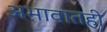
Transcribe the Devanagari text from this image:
अभावातही